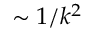
\sim 1 / k ^ { 2 }